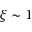
\xi \sim 1